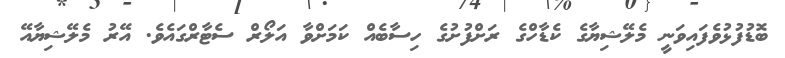
ބޮޑުފުޅުވެފައިވަނީ މެލޭޝިޔާގެ ކެޑާހްގެ ރަށްފުށުގެ ހިސާބެއް ކަމަށްވާ އަލޯރް ސެޓާރްގައެވެ. އޭރު މެލޭޝިޔާއޭ